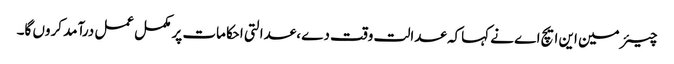
چیئر مین این ایچ اے نے کہاکہ عدالت وقت دے ،عدالتی احکامات پر مکمل عمل درآمد کروں گا۔